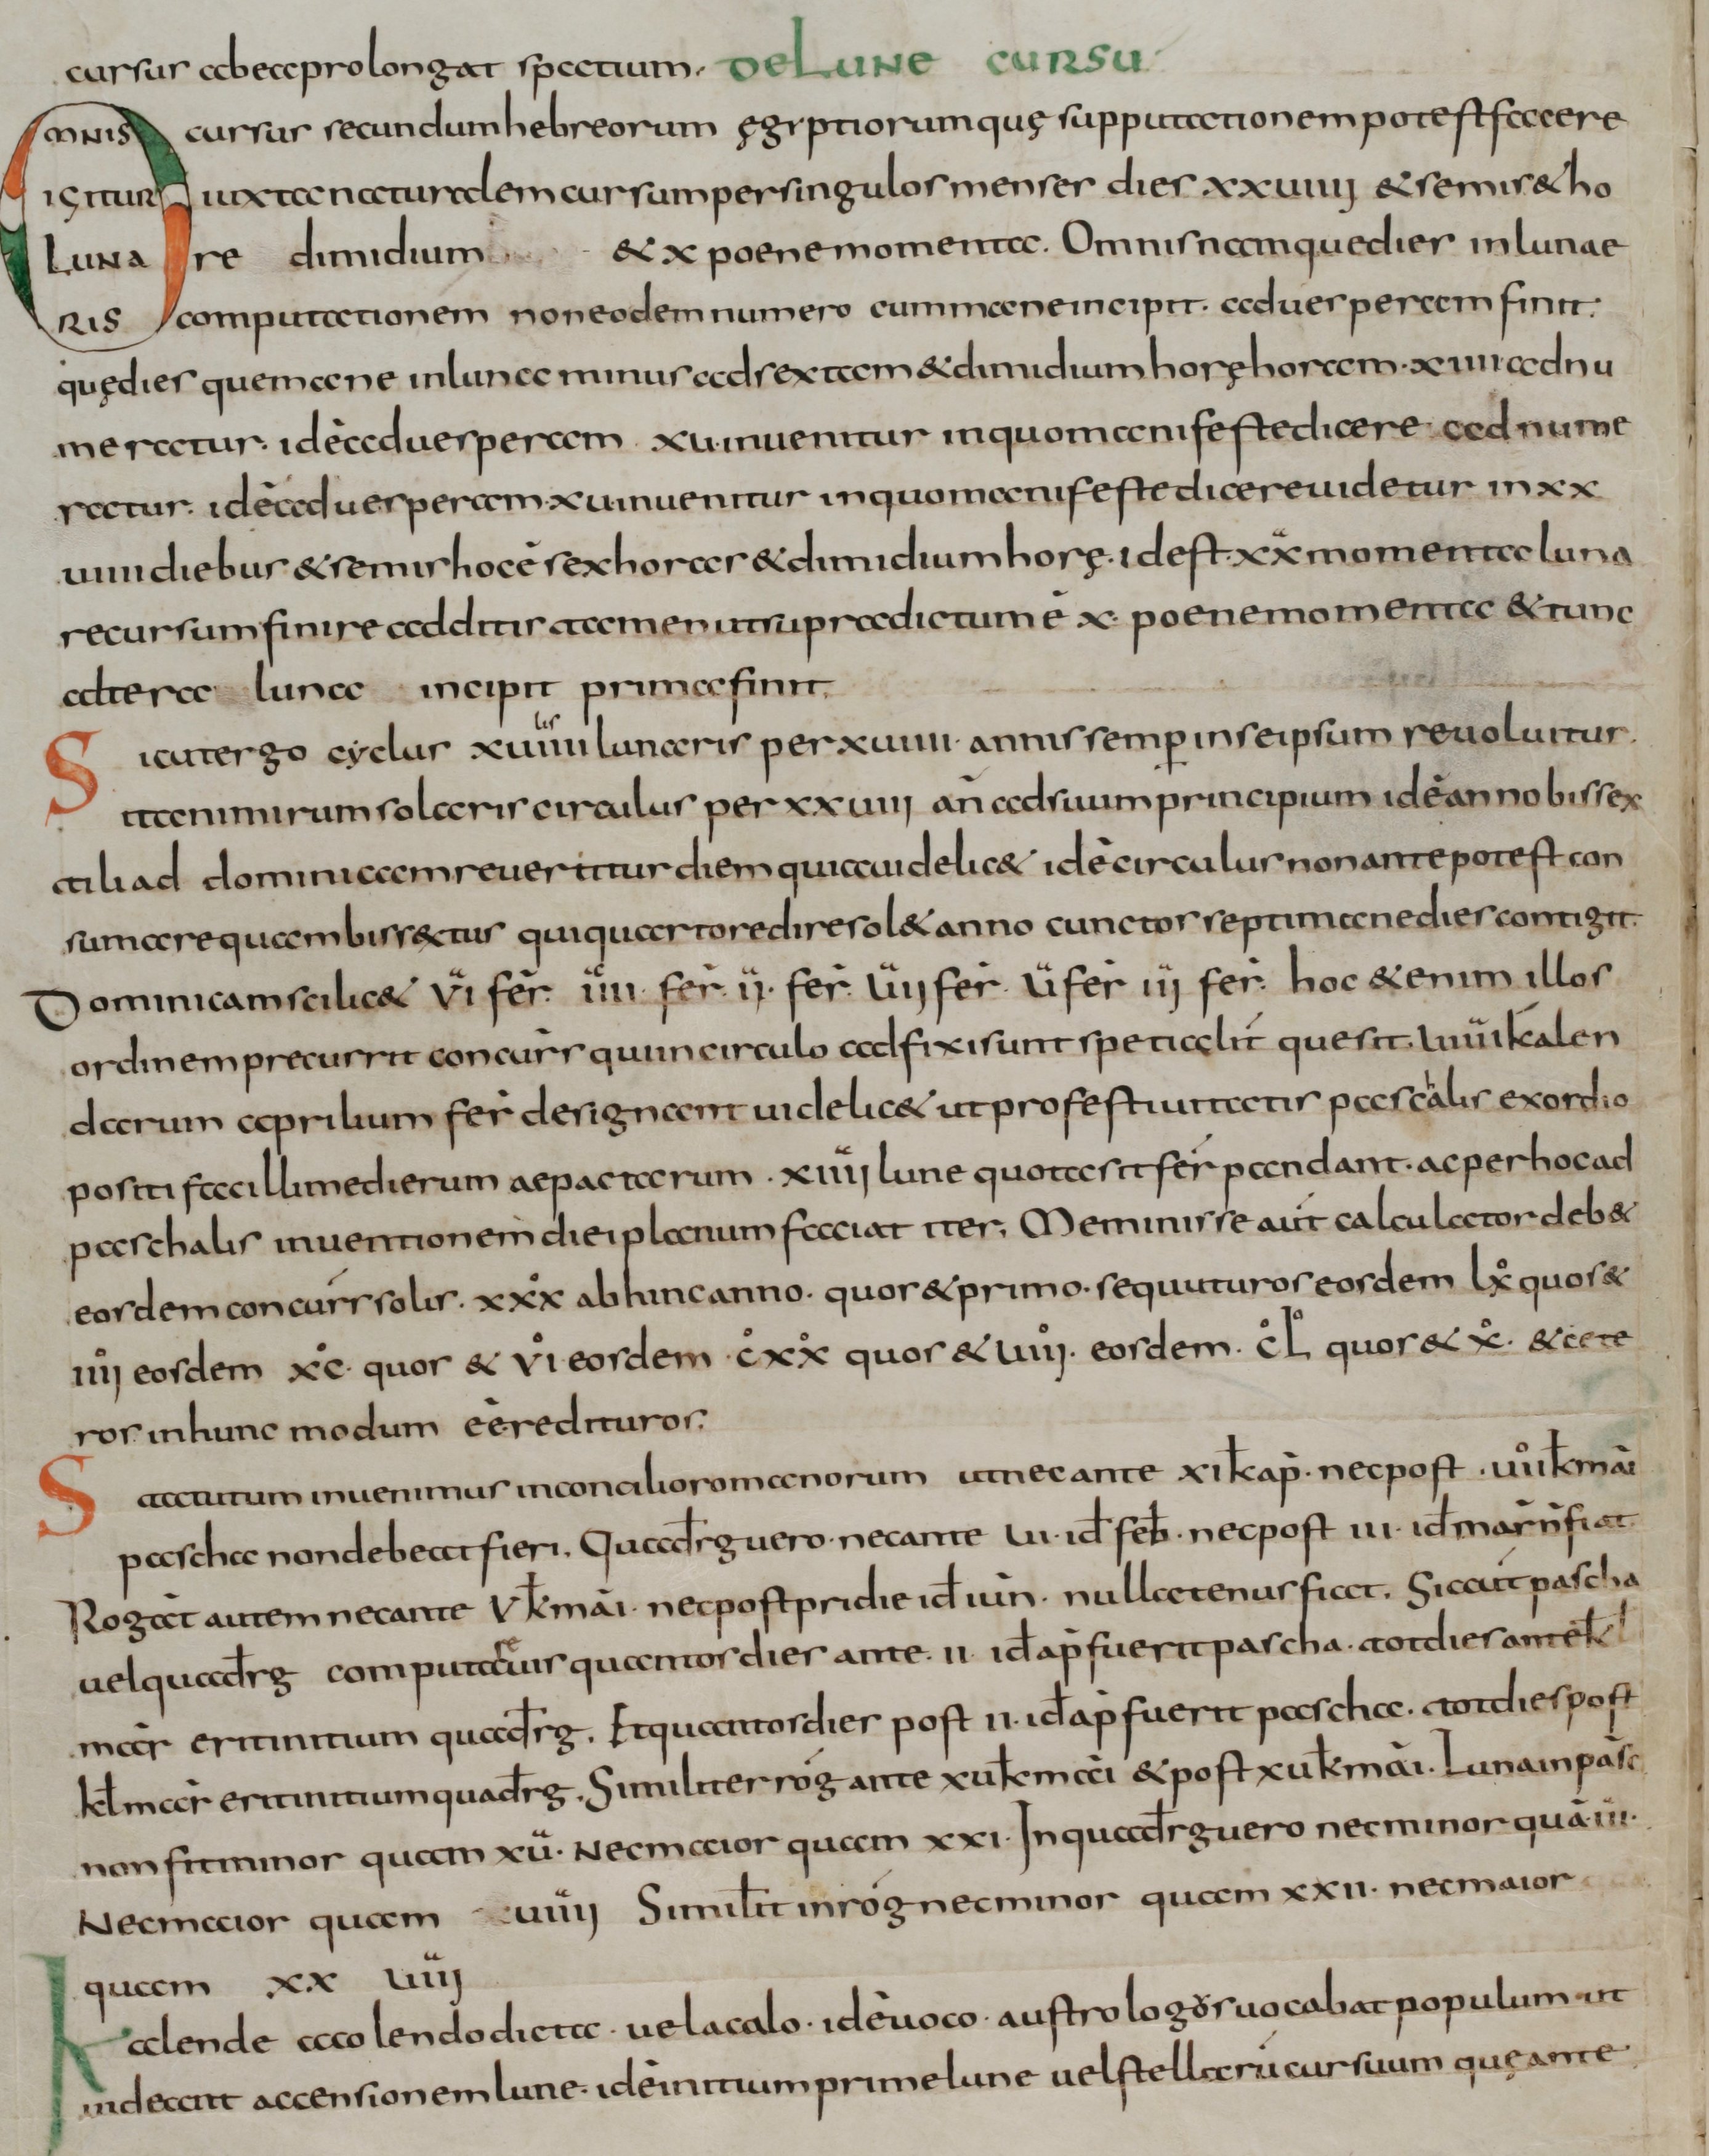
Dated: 800–899